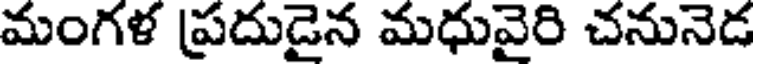
మంగళ ప్రదుడైన మధువైరి చనునెడ